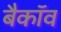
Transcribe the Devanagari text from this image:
बैकॉव